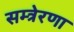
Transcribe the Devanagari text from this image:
सम्त्रेरणा